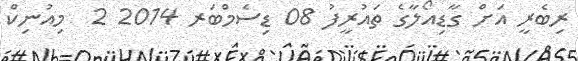
ރިބެރީ އަށް ގާޑިއޯލާގެ ތައުރީފު 08 ޑިސެމްބަރ 2014 2  މިއުނިކް